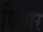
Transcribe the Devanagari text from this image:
बिज़ार